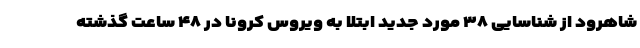
شاهرود از شناسایی ۳۸ مورد جدید ابتلا به ویروس کرونا در ۴۸ ساعت گذشته